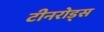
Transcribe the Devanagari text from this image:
टीनरोड्स